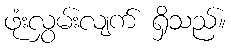
ဖုံးလွှမ်းလျက် ရှိသည်။